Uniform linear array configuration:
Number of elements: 4
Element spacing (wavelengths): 0.25
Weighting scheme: binomial
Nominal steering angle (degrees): -15
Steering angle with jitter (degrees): -15.287
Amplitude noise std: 0.05
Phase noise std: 0.05

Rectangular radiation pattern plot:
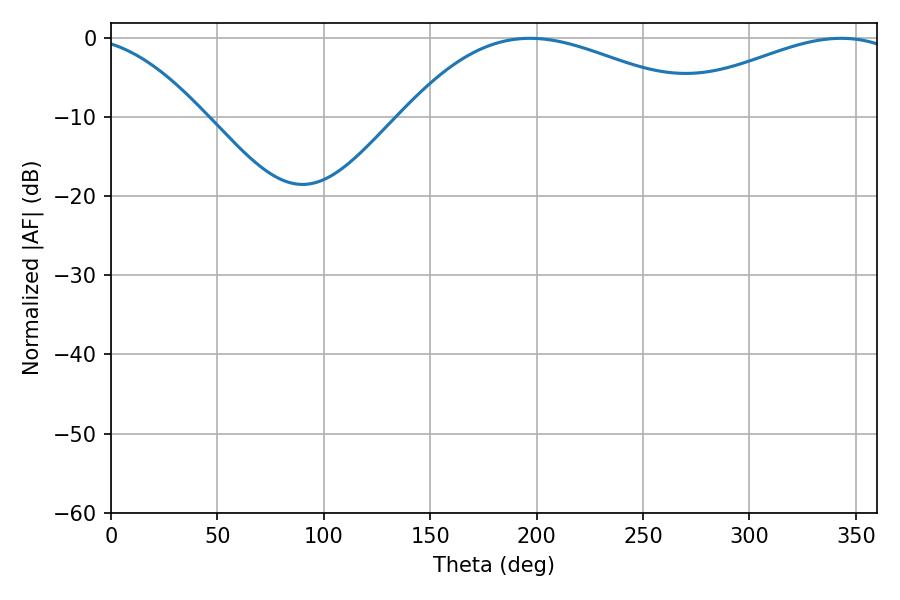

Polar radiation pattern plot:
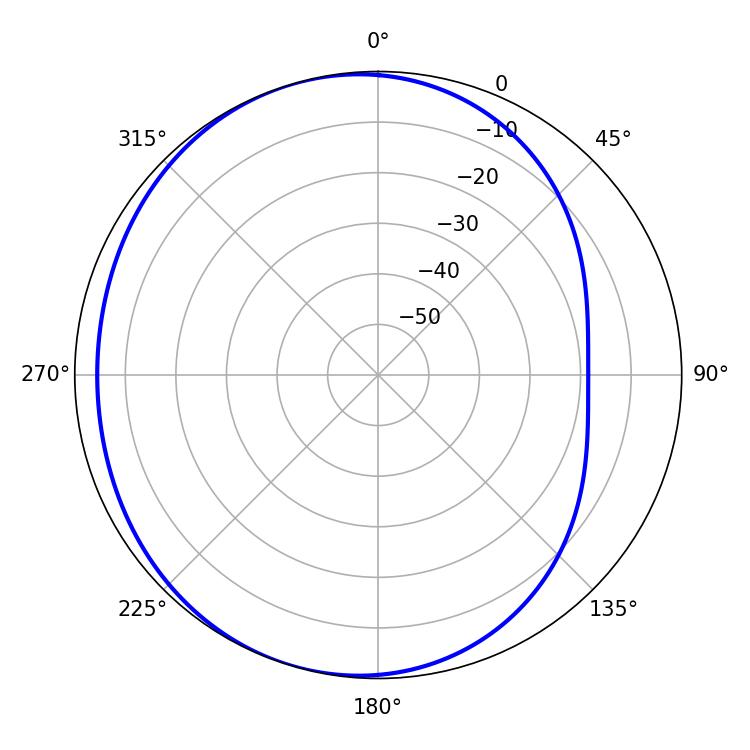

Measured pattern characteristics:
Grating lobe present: FALSE
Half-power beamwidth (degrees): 78.66
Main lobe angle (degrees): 196.92